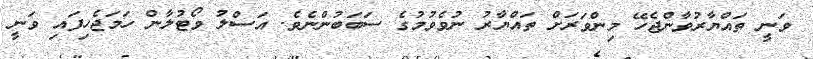
ވަނީ ތައްޔާރުވާންޖެހޭ މިންވަރަށް ތައްޔާރު ނުވެވުމުގެ ސަބަބުންނެވެ. އަސްލު ވޯޓުލާން ހަމަޖެހިފައި ވަނީ